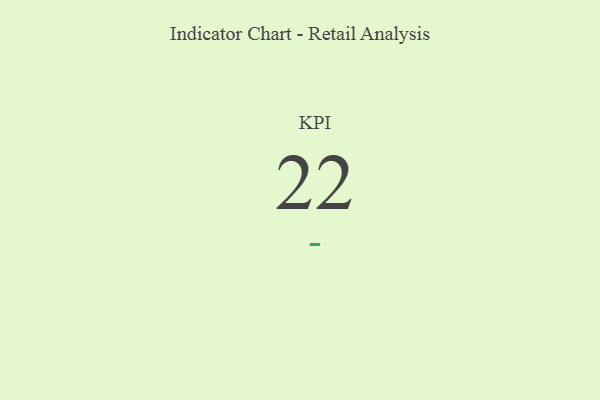
{"axis": {"x": "KPI", "y": "Value"}, "legend": [""], "data": [{"x": "KPI", "y": 22, "type": ""}]}